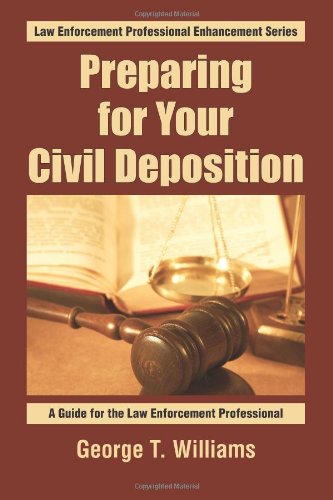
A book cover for Preparing For Your Civil Deposition: A Guide for the Law Enforcement Professional (Law Enforcement Professional Enhancement Series) (Volume 1); George T. Williams; Law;